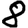
Digit: 8